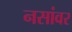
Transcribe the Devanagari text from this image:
नसांवर